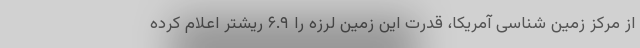
از مرکز زمین شناسی آمریکا، قدرت این زمین لرزه را ۶.۹ ریشتر اعلام کرده